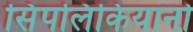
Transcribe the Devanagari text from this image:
सिंपलिकियानो